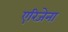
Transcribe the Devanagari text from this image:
एरिजेना